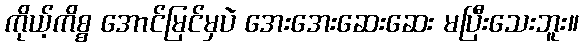
ကိုယ့်ကိစ္စ အောင်မြင်မှပဲ အေးအေးဆေးဆေး မပြီးသေးဘူး။